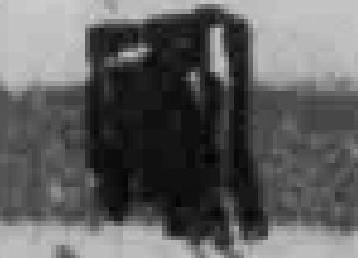
*